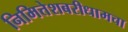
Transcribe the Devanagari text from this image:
निमित्तेशबरीधामचा